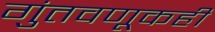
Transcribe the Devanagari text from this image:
गुंतवणूकही